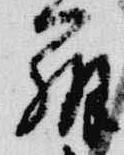
弁